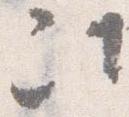
次